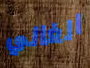
الغالي